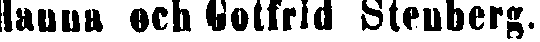
Hanna och Gotfrid Stenberg.